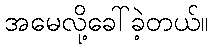
အမေလို့ခေါ်ခဲ့တယ်။